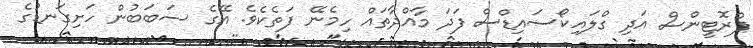
ޕްރޮޓީންސް އަދި ގްލައިކޯސައިޑްސް ފަދަ މާއްދާތައް ހިމެނޭ ފަތެކެވެ. އޭގެ ސަބަބުން ހަށިގަނޑުގެ